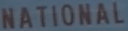
NATIONAL